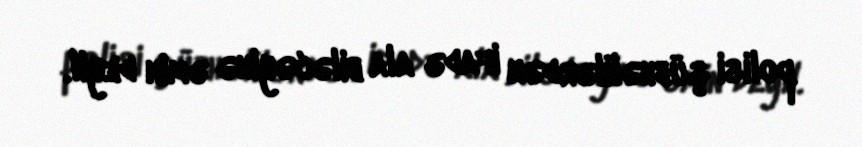
polisi şübhəlilərdən ifadə ala biləcəyinə əmin deyil.